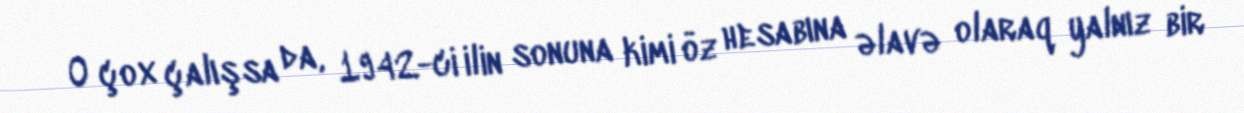
O çox çalışsa da, 1942-ci ilin sonuna kimi öz hesabına əlavə olaraq yalnız bir